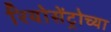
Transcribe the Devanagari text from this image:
रियोसेंट्रोच्या